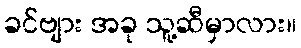
ခင်ဗျား အခု သူ့ဆီမှာလား။